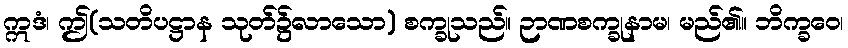
ဣဒံ၊ ဤ(သတိပဋ္ဌာန သုတ်၌လာသော) စက္ခုသည်။ ဉာဏစက္ခုနာမ၊ မည်၏။ ဘိက္ခဝေ၊